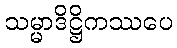
သမ္မာဒိဋ္ဌိကဿပေ